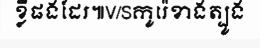
ខ្លីផងដែរ៕V/Sកូរ៉េខាងត្បូង